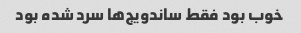
خوب بود فقط ساندویج‌ها سرد شده بود